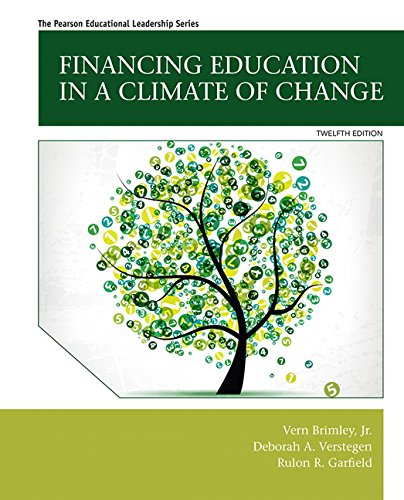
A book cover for Financing Education in a Climate of Change (12th Edition); Vern Brimley Jr.; Education & Teaching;